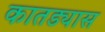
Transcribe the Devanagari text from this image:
कातड्यास